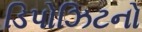
ડિપોઝિટનો